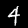
Label: 4